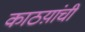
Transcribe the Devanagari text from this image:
काठय़ांची